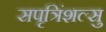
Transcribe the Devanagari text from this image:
सपृत्रिंशल्सु